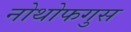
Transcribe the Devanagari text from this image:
नोथोफगुस